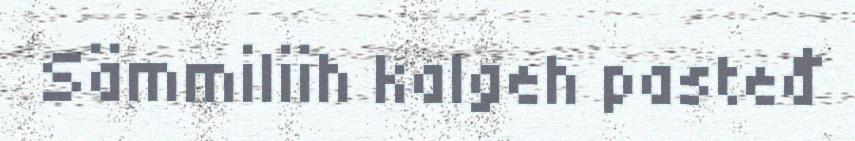
Sämmiliih kalgeh pasteđ